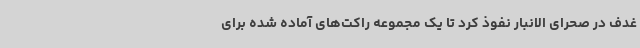
غدف در صحرای الانبار نفوذ کرد تا یک مجموعه راکت‌های آماده شده برای